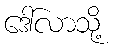
ဒေါ်လာသို့